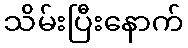
သိမ်းပြီးနောက်